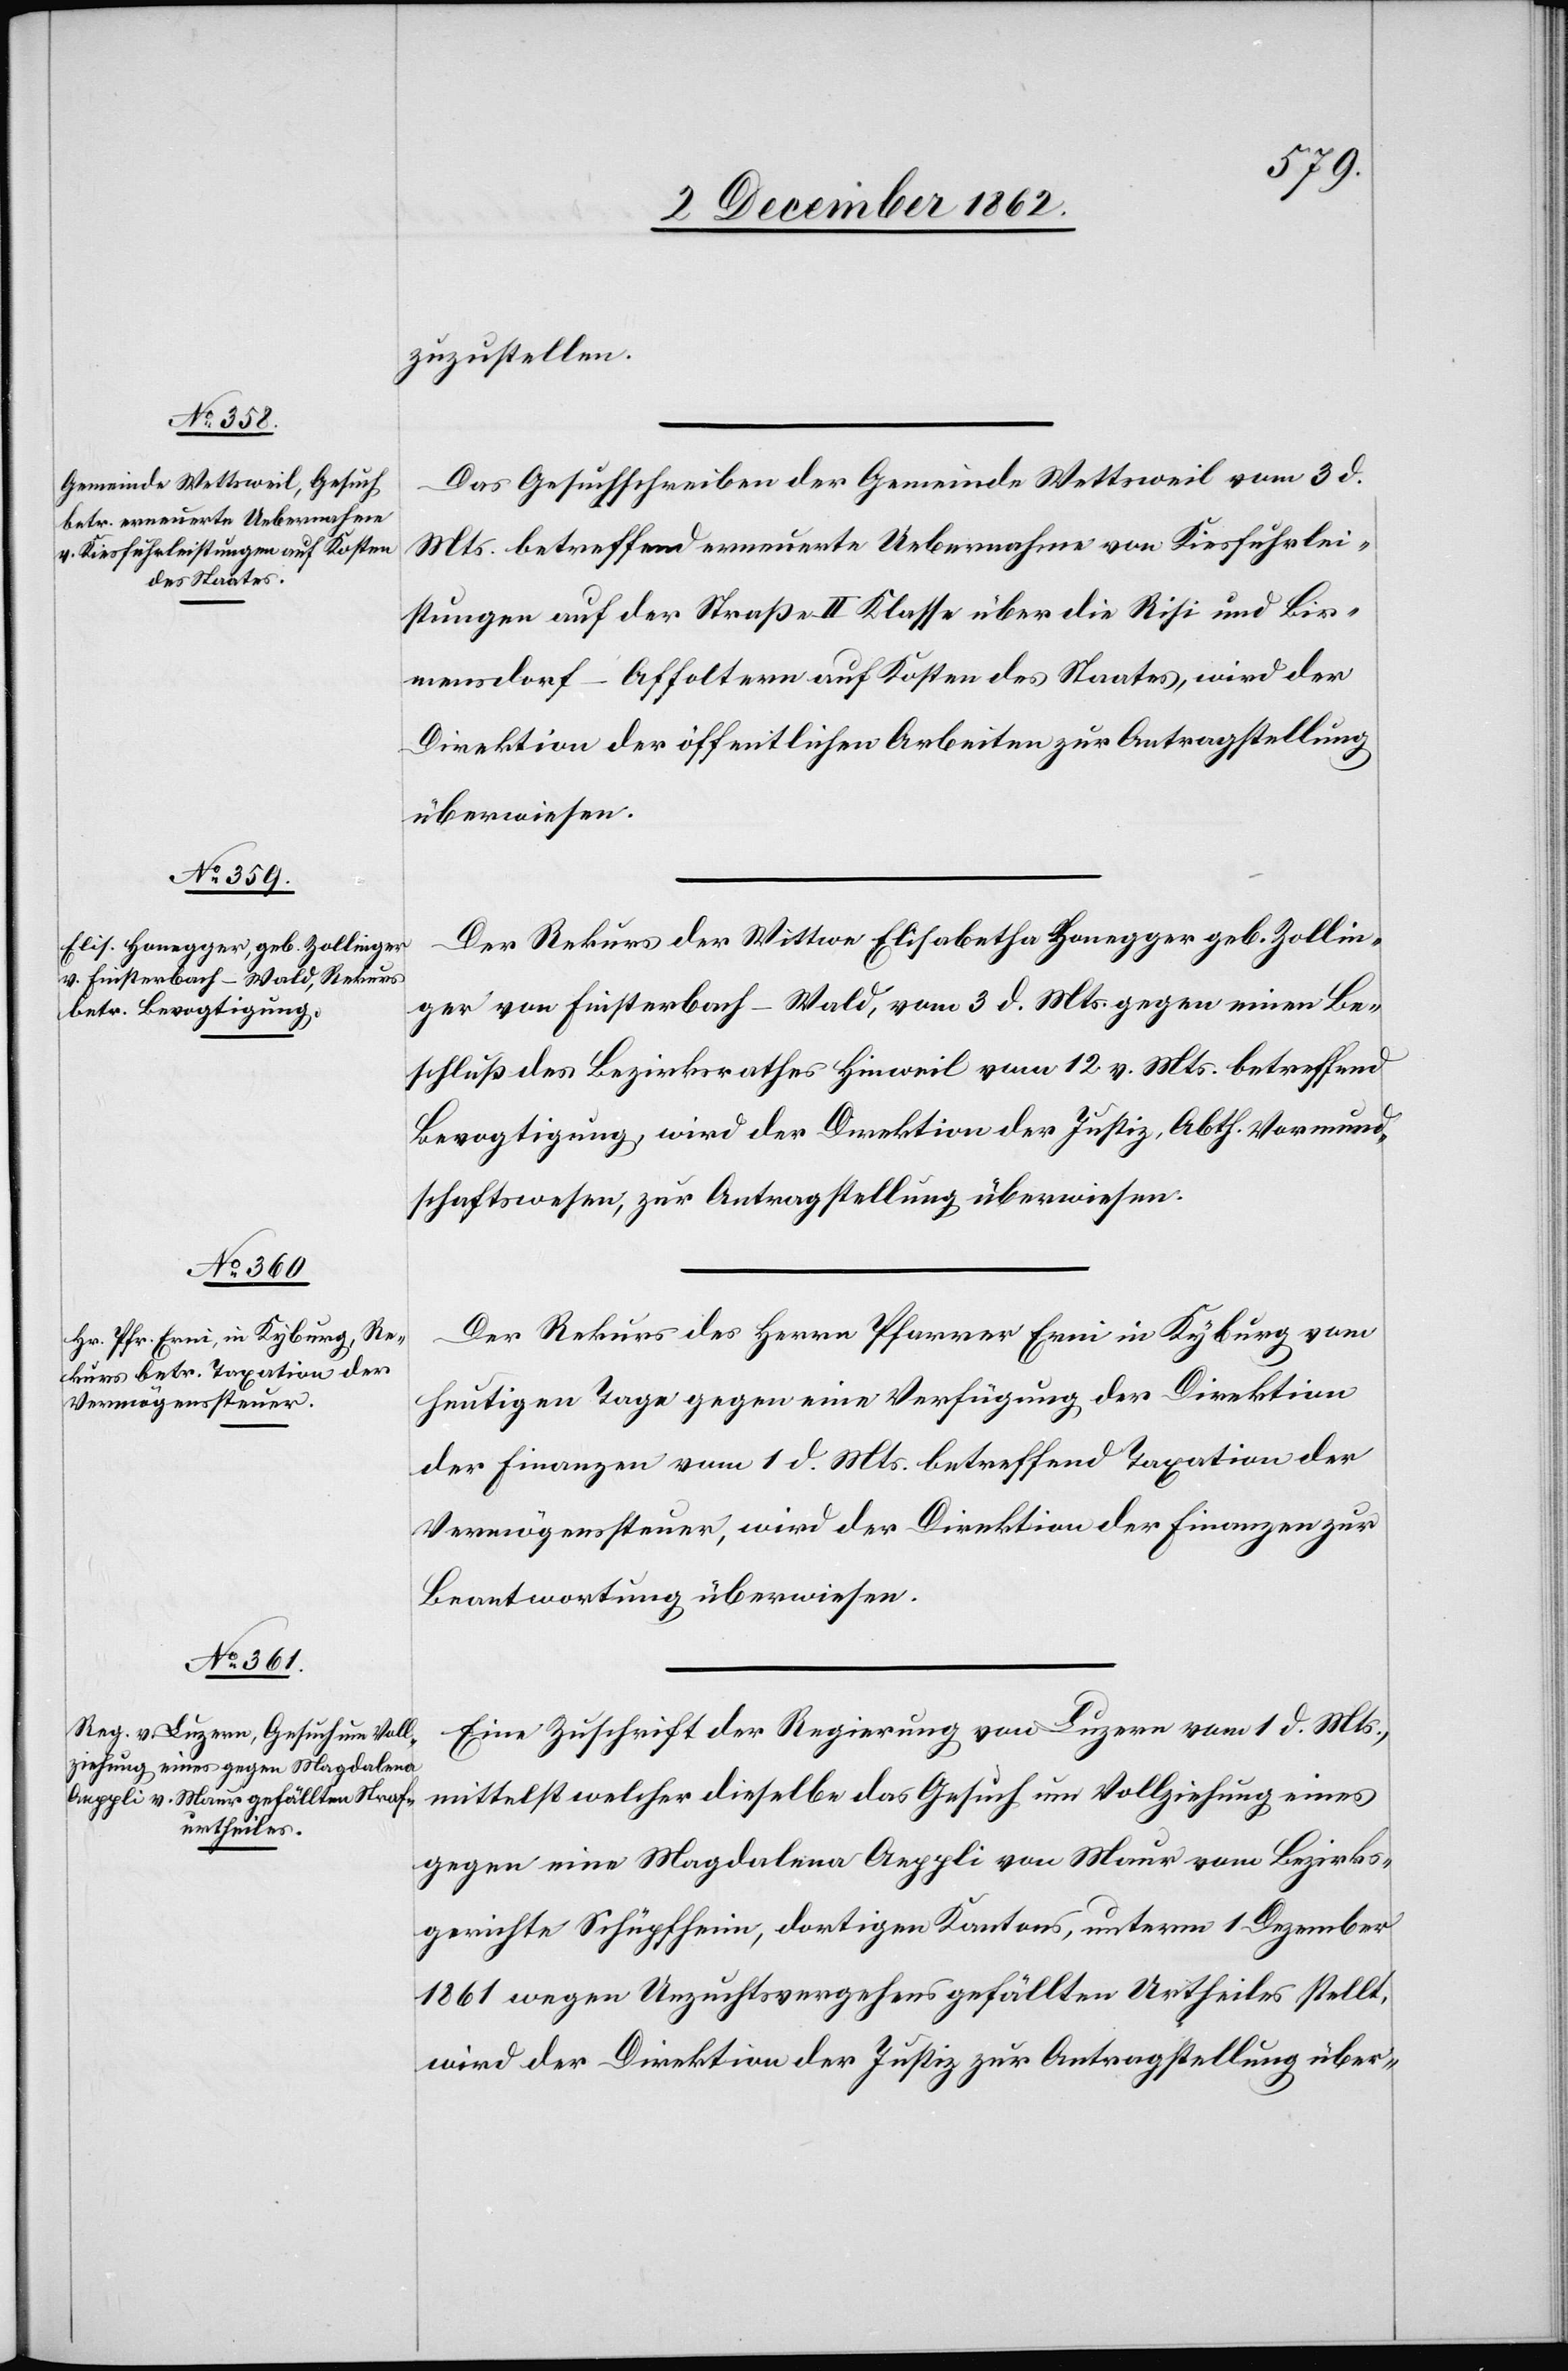
4. December 1862.]
zuzustellen.
Das Gesuchschreiben der Gemeinde Wettsweil vom 3. d.
Mts. betreffend erneuerte Uebernahme von Kiesfuhrlei¬
stungen auf der Straße II Klasse über die Risi und Bir¬
mensdorf–Affoltern auf Kosten des Staates, wird der
Direktion der öffentlichen Arbeiten zur Antragstellung
überwiesen.
Der Rekurs der Wittwe Elisabetha Honegger geb. Zollin¬
ger von Finsterbach-Wald, vom 3. d. Mts. gegen einen Be¬
schluß des Bezirksrathes Hinweil vom 12. v. Mts. betreffend
Bevogtigung, wird der Direktion der Justiz, Abth. Vormund¬
schaftswesen, zur Antragstellung überwiesen.
Der Rekurs des Herrn Pfarrer Erni in Kyburg vom
heutigen Tage gegen eine Verfügung der Direktion
der Finanzen vom 1. d. Mts. betreffend Taxation der
Vermögenssteuer, wird der Direktion der Finanzen zur
Beantwortung überwiesen.
Eine Zuschrift der Regierung von Luzern vom 1. d. Mts.,
mittelst welcher dieselbe das Gesuch um Vollziehung eines
gegen eine Magdalena Aeppli von Maur vom Bezirks¬
gerichte Schüpfheim, dortigen Kantons, unterm 1. Dezember
1861 wegen Unzuchtsvergehens gefällten Urtheils stellt,
wird der Direktion der Justiz zur Antragstellung über-